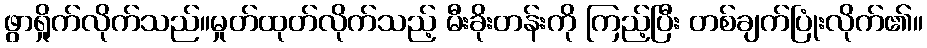
ဖွာရှိုက်လိုက်သည်။မှုတ်ထုတ်လိုက်သည့် မီးခိုးတန်းကို ကြည့်ပြီး တစ်ချက်ပြုံးလိုက်၏။